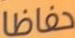
حفاظا